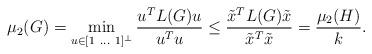
LaTeX: \begin{align*}\mu_2(G) = \min_{u \in [1 ~ \ldots ~ 1]^\perp} \frac{u^T L(G) u}{u^T u} \leq \frac{\tilde{x}^T L(G) \tilde{x}}{\tilde{x}^T \tilde{x}} = \frac{\mu_2(H)}{k}.\end{align*}